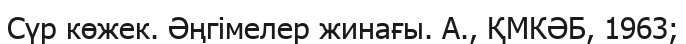
Сүр көжек. Әңгімелер жинағы. А., ҚМКӘБ, 1963;